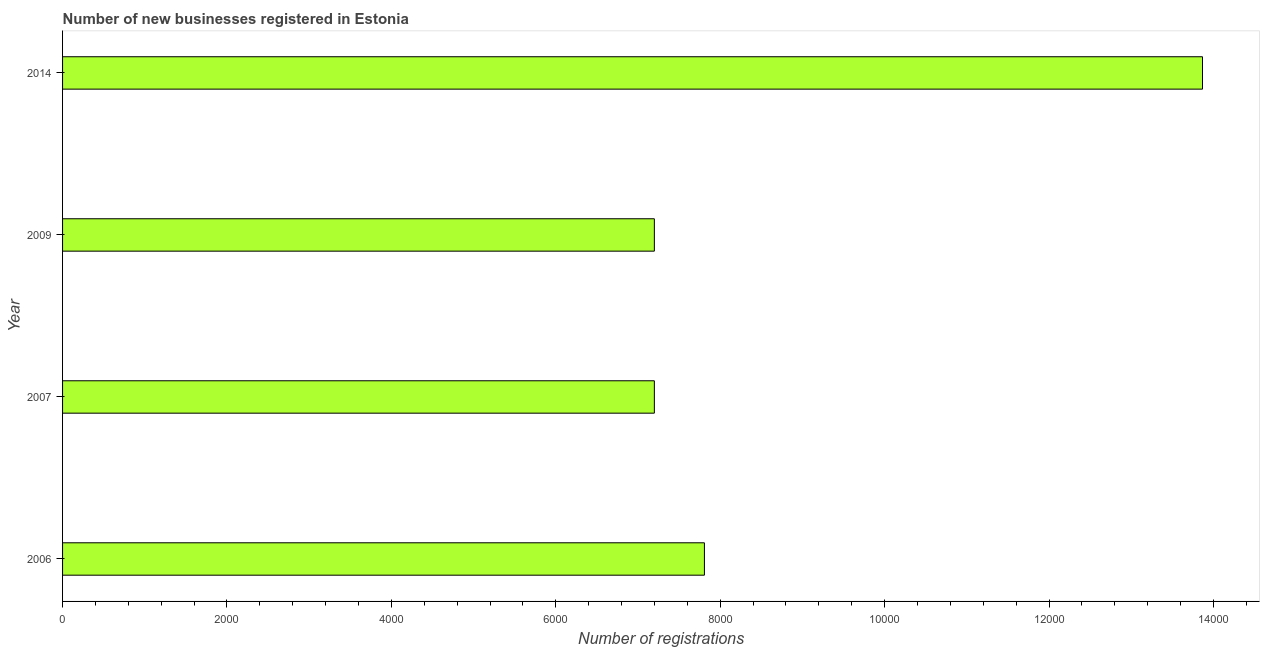
| Year | New businesses |
 | --- | --- |
 | 2006 | 7.81e+03 |
 | 2007 | 7.2e+03 |
 | 2009 | 7.2e+03 |
 | 2014 | 1.39e+04 |